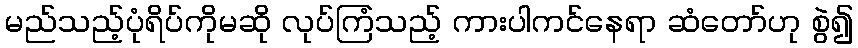
မည်သည့်ပုံရိပ်ကိုမဆို လုပ်ကြံသည့် ကားပါကင်နေရာ ဆံတော်ဟု စွဲ၍